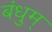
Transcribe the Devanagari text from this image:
बंधुम्